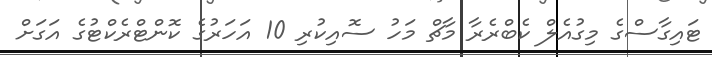
ޓައިގާސްގެ މިގުއެލް ކެބްރެރާ މާޗް މަހު ސޮއިކުރި 10 އަހަރުގެ ކޮންޓްރެކްޓުގެ އަގަށް